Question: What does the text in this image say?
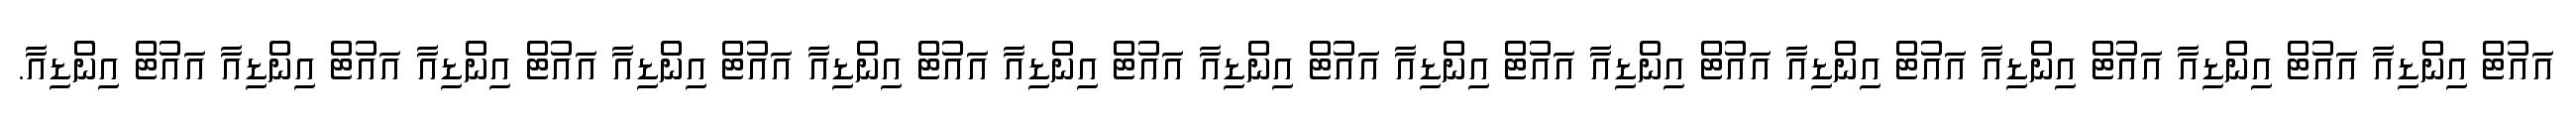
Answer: އައުޓް އިންޑިއާ އައުޓް އިންޑިއާ އައުޓް އިންޑިއާ އައުޓް އިންޑިއާ އައުޓް އިންޑިއާ އައުޓް އިންޑިއާ އައުޓް އިންޑިއާ އައުޓް އިންޑިއާ އައުޓް އިންޑިއާ އައުޓް އިންޑިއާ އައުޓް އިންޑިއާ އައުޓް އިންޑިއާ އައުޓް އިންޑިއާ.